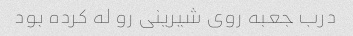
درب جعبه روی شیرینی رو له کرده بود